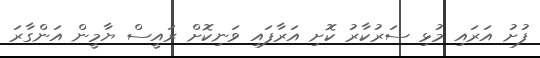
ފުށު އަރައި މުޅި ސަރުކާރު ކޮށި އަރާފައި ވަނިކޮށް ރައީސް ޔާމީން އަންގާރަ